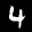
Label: 4